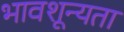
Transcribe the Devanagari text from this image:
भावशून्यता